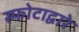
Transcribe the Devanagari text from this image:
स्फोटाद्वारे